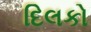
દિલકો